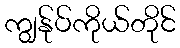
ကျွန်ုပ်ကိုယ်တိုင်